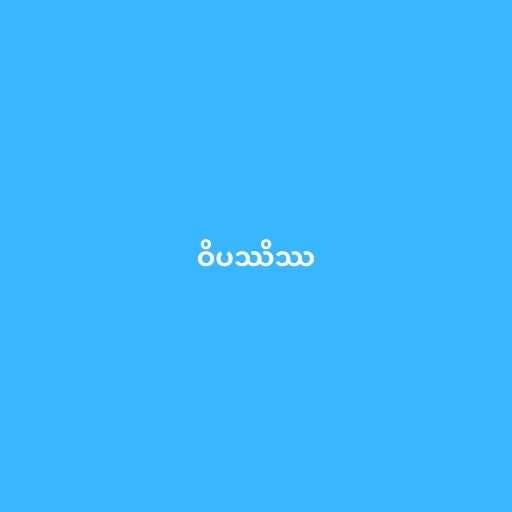
ဝိပဿိဿ